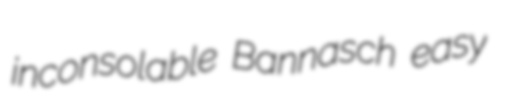
inconsolable Bannasch easy